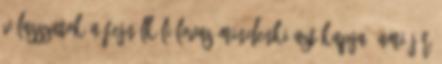
válasszatok A fejnélküli lovas Mindenki azt kapja, ami jár